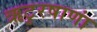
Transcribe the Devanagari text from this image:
ऋटुरषाणां